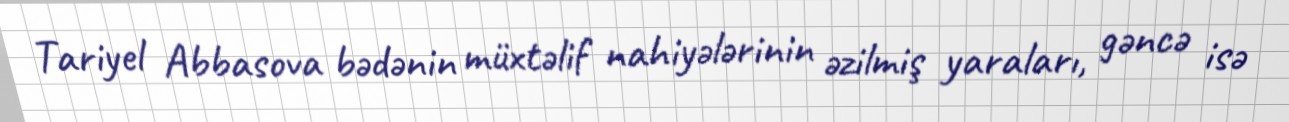
Tariyel Abbasova bədənin müxtəlif nahiyələrinin əzilmiş yaraları, gəncə isə